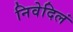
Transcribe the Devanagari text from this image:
निवेदिलं